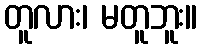
တူလား၊ မတူဘူး။